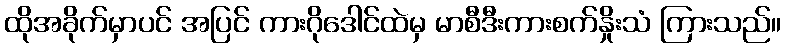
ထိုအခိုက်မှာပင် အပြင် ကားဂိုဒေါင်ထဲမှ မာစီဒီးကားစက်နှိုးသံ ကြားသည်။